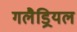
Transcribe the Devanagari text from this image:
गलैड्रियल